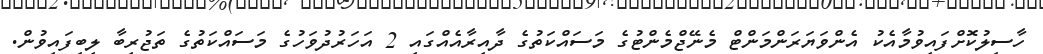
ހާސިލުކޮށްފައިވުމާއެކު އެންވަޔަރަންމަންޓް މެނޭޖްމެންޓުގެ މަސައްކަތުގެ ދާއިރާއެއްގައި 2 އަހަރުދުވަހުގެ މަސައްކަތުގެ ތަޖުރިބާ ލިބިފައިވުން.